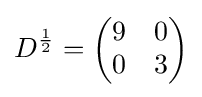
D^{\frac {1}{2}}={\begin{pmatrix}9&0\\0&3\end{pmatrix}}